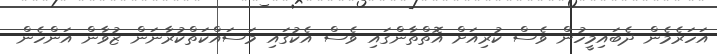
އަހަރެމެން ދެބައިމީހުން ވެސް ކުރިއަށް އޮތްތާންގައި ވެސް އެކުގައި މަސައްކަތްކުރާނަން ޒުވާން އަންހެން